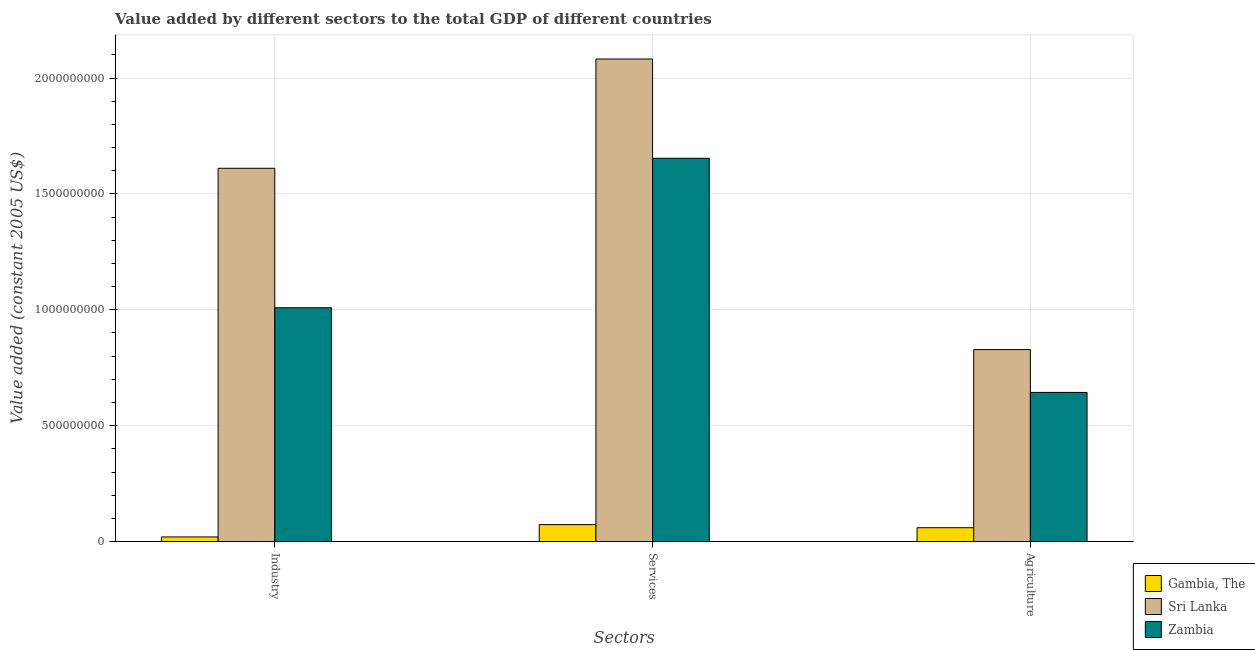
| Sectors | Gambia, The | Sri Lanka | Zambia |
 | --- | --- | --- | --- |
 | Industry | 2e+07 | 1.61e+09 | 1.01e+09 |
 | Services | 7.31e+07 | 2.08e+09 | 1.65e+09 |
 | Agriculture | 5.97e+07 | 8.28e+08 | 6.43e+08 |